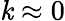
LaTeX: \mathit{k}\approx0